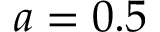
a = 0 . 5